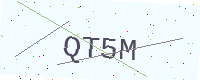
Text: QT5M